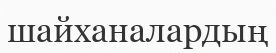
шайханалардың